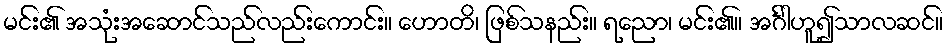
မင်း၏ အသုံးအဆောင်သည်လည်းကောင်း။ ဟောတိ၊ ဖြစ်သနည်း။ ရညော၊ မင်း၏။ အင်္ဂါဟူ၍သာလဆင်။